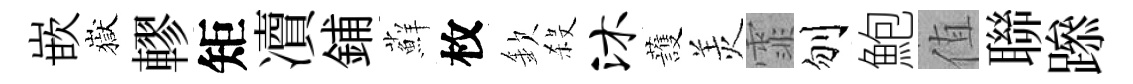
嵌嶽轇矩凟鋪蘚枚欽殺沐䕶羙霏刎鮑值聯𨅶